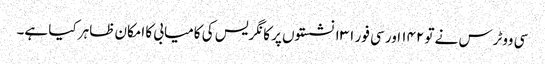
سی ووٹرس نے تو ۱۴۲ اور سی فور ۱۳۱ نشستوں پر کانگریس کی کامیابی کا امکان ظاہر کیا ہے۔